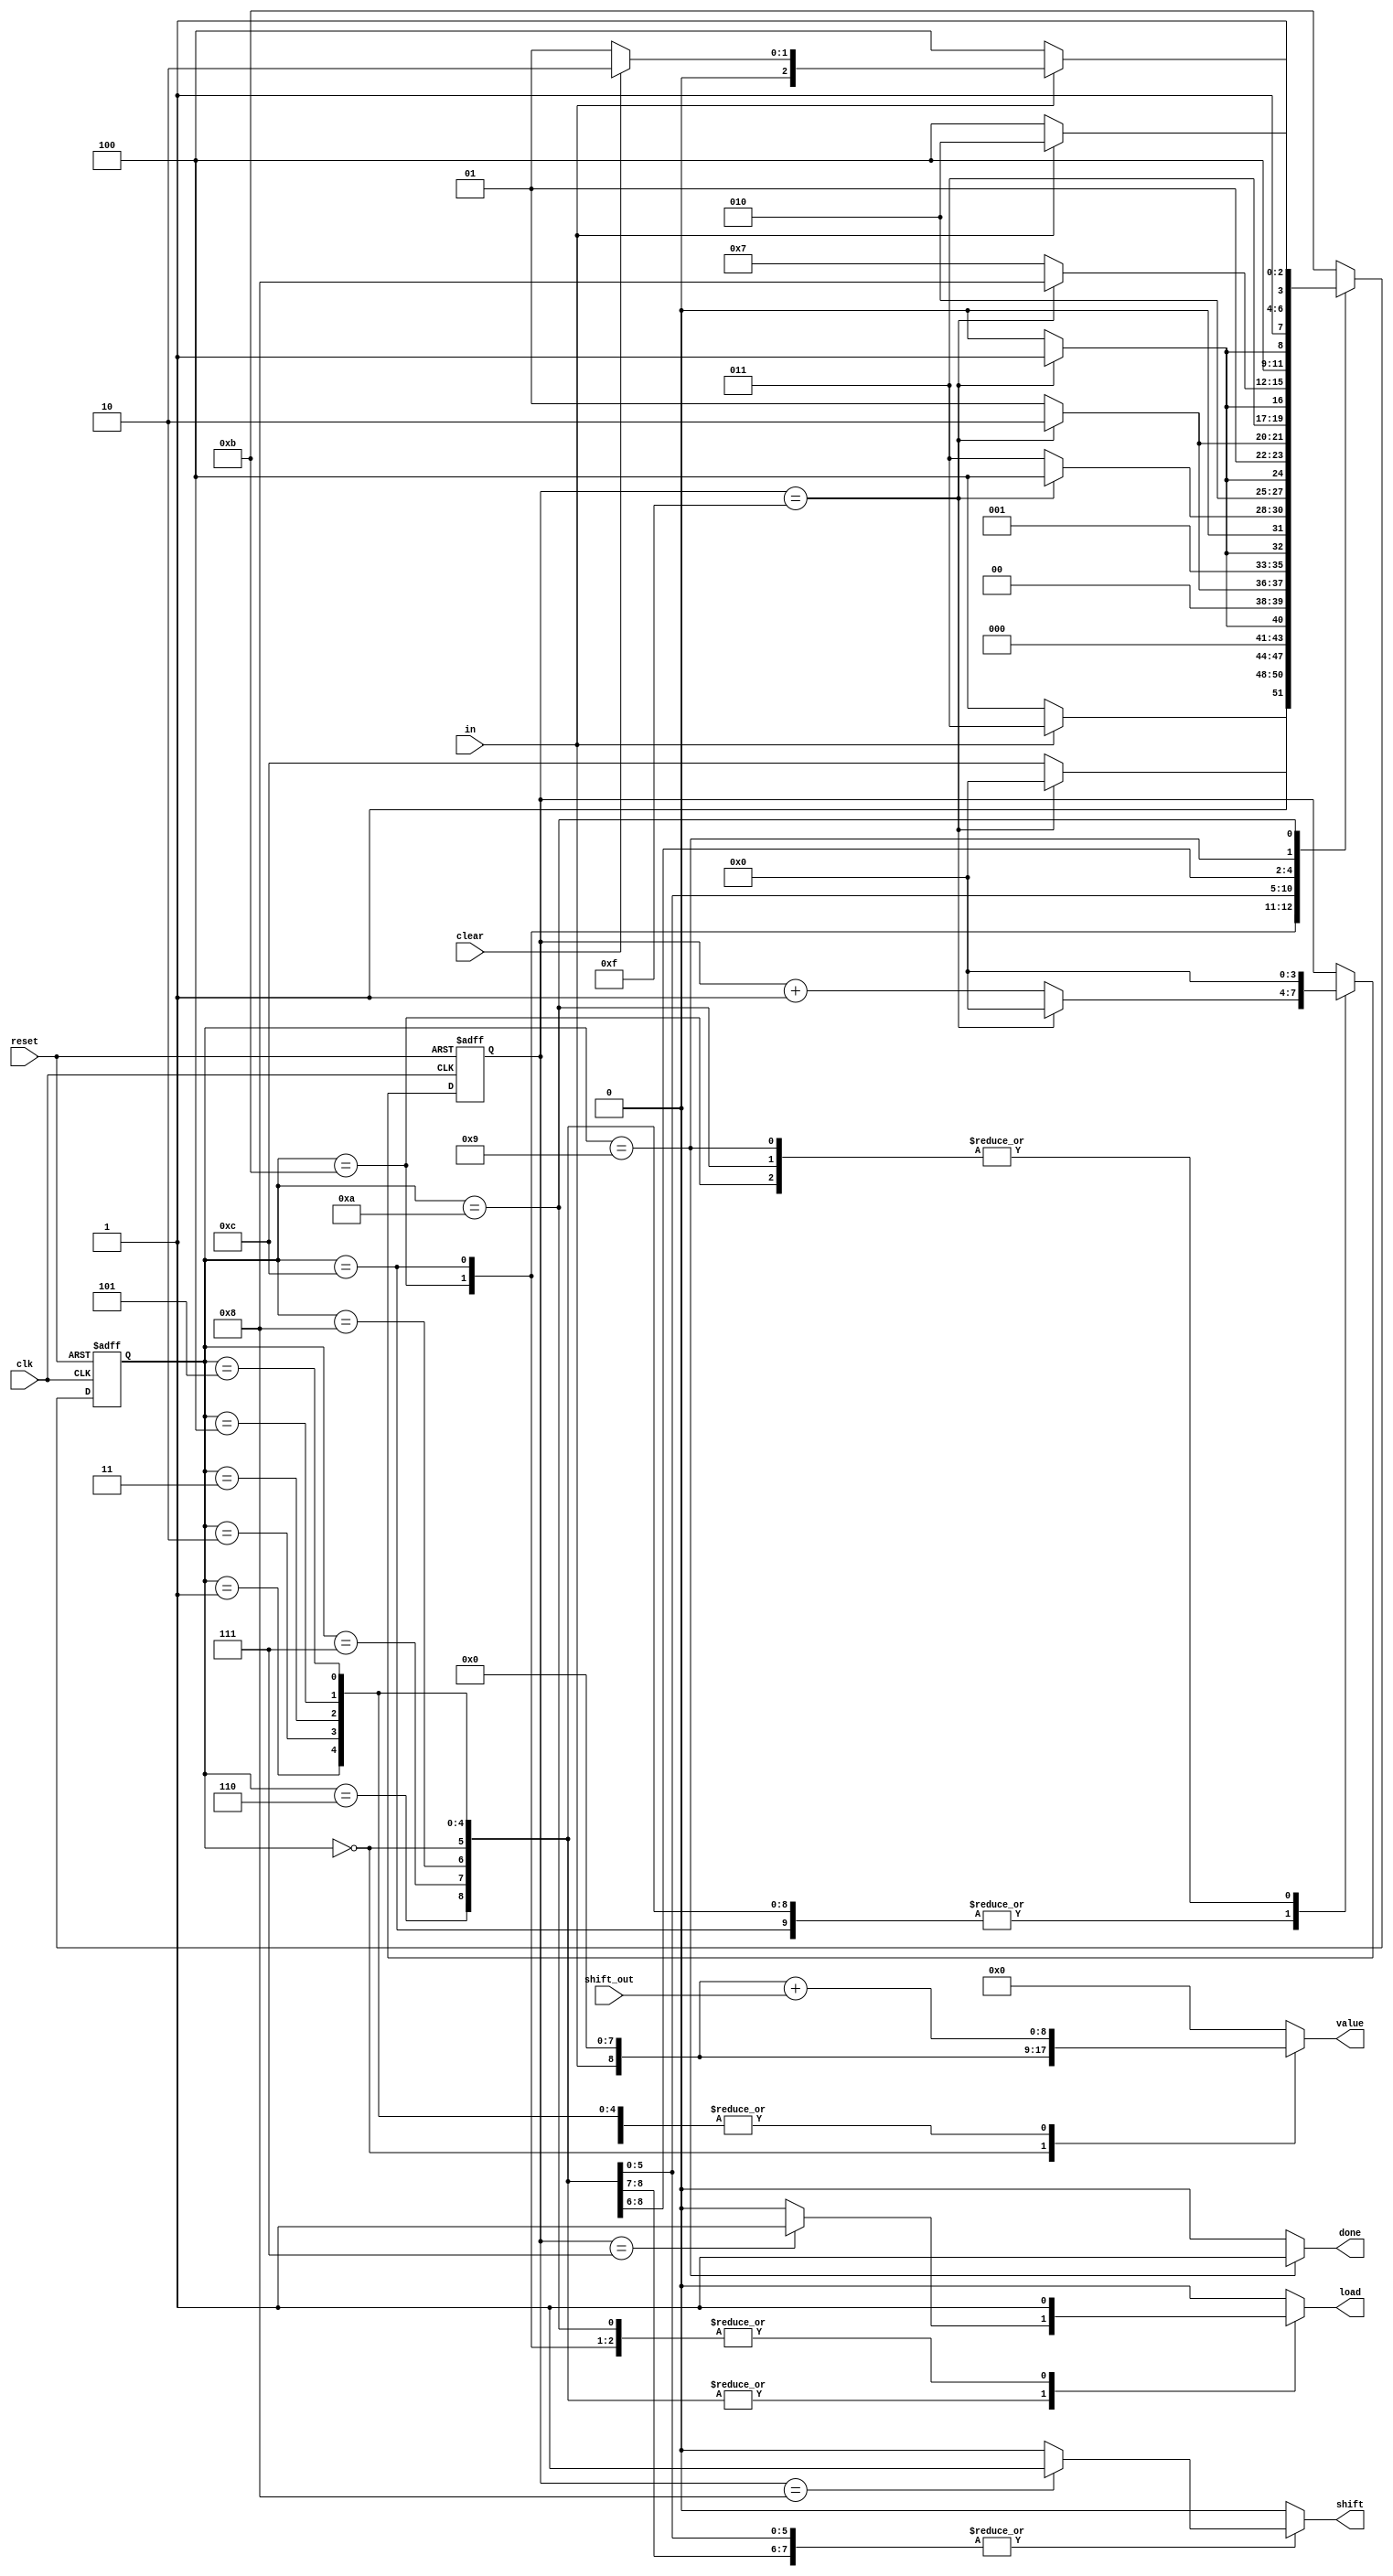
module Control_RX
(
	input in,
	input [8:0]shift_out,
	input clk,
	input reset,
	input clear,
	
	output shift,
	output load,
	output [8:0]value,
	output done

	
);

localparam INIT = 11;
localparam START = 12;
localparam READ_0 = 0;
localparam READ_1 = 1;
localparam READ_2 = 2;
localparam READ_3 = 3;
localparam READ_4 = 4;
localparam READ_5 = 5;
localparam READ_6 = 6;
localparam READ_7 = 7;
localparam READ_PARITY = 8;
localparam FINISH = 9;
localparam CLEAR = 10;

reg shift_reg;
reg load_reg;
reg [8:0]value_reg;
reg done_reg;

reg [3:0]cicles;
reg [3:0] state = 9;

always@(posedge clk or negedge reset) begin
	if(reset == 1'b0)
	begin
		state <= INIT;
		cicles <= 4'b0000;
	end
	else
	begin
		case(state)
			INIT:
			begin
				cicles <= 4'b0000;
				if(in == 0)
					state <= START;
				else
					state <= INIT;
			end			
			START:
			begin
				cicles <= cicles + 4'b0001;
				if(cicles == 4'b1111)
				begin
					cicles <= 4'b0000;
					state <= READ_0;
				end
				else
					state <= START;	
			end
			
			READ_0:
			begin
				cicles <= cicles + 4'b0001;
				if(cicles == 4'b1111)
				begin
					cicles <= 4'b0000;
					state <= READ_1;
				end
				else
					state <= READ_0;	
			end
			
			READ_1:
			begin
				cicles <= cicles + 4'b0001;
				if(cicles == 4'b1111)
				begin
					cicles <= 4'b0000;
					state <= READ_2;
				end
				else
					state <= READ_1;	
			end
			
			READ_2:
			begin
				cicles <= cicles + 4'b0001;
				if(cicles == 4'b1111)
				begin
					cicles <= 4'b0000;
					state <= READ_3;
				end
				else
					state <= READ_2;	
			end
			
			READ_3:
			begin
				cicles <= cicles + 4'b0001;
				if(cicles == 4'b1111)
				begin
					cicles <= 4'b0000;
					state <= READ_4;
				end
				else
					state <= READ_3;	
			end
			
			READ_4:
			begin
				cicles <= cicles + 4'b0001;
				if(cicles == 4'b1111)
				begin
					cicles <= 4'b0000;
					state <= READ_5;
				end
				else
					state <= READ_4;	
			end
			
			READ_5:
			begin
				cicles <= cicles + 4'b0001;
				if(cicles == 4'b1111)
				begin
					cicles <= 4'b0000;
					state <= READ_6;
				end
				else
					state <= READ_5;	
			end
			
			READ_6:
			begin
				cicles <= cicles + 4'b0001;
				if(cicles == 4'b1111)
				begin
					cicles <= 4'b0000;
					state <= READ_7;
				end
				else
					state <= READ_6;	
			end
			
			READ_7:
			begin
				cicles <= cicles + 4'b0001;
				if(cicles == 4'b1111)
				begin
					cicles <= 4'b0000;
					state <= READ_PARITY;
				end
				else
					state <= READ_7;	
			end
			
			READ_PARITY:
			begin
				cicles <= cicles + 4'b0001;
				if(cicles == 4'b1111)
				begin
					cicles <= 4'b0000;
					state <= FINISH;
				end
				else
					state <= READ_PARITY;
			end
			
			FINISH:
			begin
				cicles <= 4'b0000;
				if(in == 0)
					state <= START;
				else
				begin
					if(clear == 1)
						state <= CLEAR;
					else
						state <= FINISH;
				end
			end
			
			CLEAR:
			begin
				cicles <= 4'b0000;
				if(in == 0)
					state <= START;
				else
					state <= CLEAR;
			end
			
			default:
				state <= INIT;
		endcase
	end
end

always@(*)begin
	case(state)
		INIT:
		begin
			shift_reg = 0;
			load_reg = 1;
			value_reg = 0;
			done_reg = 0;
		end
		
		START:
		begin
			shift_reg = 0;
			load_reg = 1;
			value_reg = 0;
			done_reg = 0;
		end
		
		READ_0:
		begin
			done_reg = 0;
			value_reg = {in,8'b00000000};
			if(cicles == 4'b0111)
				load_reg = 1;	
			else
				load_reg = 0;
			if(cicles == 4'b1000)
				shift_reg = 1;
			else
				shift_reg = 0;
		end
		READ_1:
		begin
			done_reg = 0;
			value_reg = {in,8'b00000000} + shift_out;
			if(cicles == 4'b0111)
				load_reg = 1;	
			else
				load_reg = 0;
			if(cicles == 4'b1000)
				shift_reg = 1;
			else
				shift_reg = 0;
		end
		READ_2:
		begin
			done_reg = 0;
			value_reg = {in,8'b00000000} + shift_out;
			if(cicles == 4'b0111)
				load_reg = 1;	
			else
				load_reg = 0;
			if(cicles == 4'b1000)
				shift_reg = 1;
			else
				shift_reg = 0;
		end
		READ_3:
		begin
			done_reg = 0;
			value_reg = {in,8'b00000000} + shift_out;
			if(cicles == 4'b0111)
				load_reg = 1;	
			else
				load_reg = 0;
			if(cicles == 4'b1000)
				shift_reg = 1;
			else
				shift_reg = 0;
		end
		READ_4:
		begin
			done_reg = 0;
			value_reg = {in,8'b00000000} + shift_out;
			if(cicles == 4'b0111)
				load_reg = 1;	
			else
				load_reg = 0;
			if(cicles == 4'b1000)
				shift_reg = 1;
			else
				shift_reg = 0;
		end
		READ_5:
		begin
			done_reg = 0;
			value_reg = {in,8'b00000000} + shift_out;
			if(cicles == 4'b0111)
				load_reg = 1;	
			else
				load_reg = 0;
			if(cicles == 4'b1000)
				shift_reg = 1;
			else
				shift_reg = 0;
		end
		READ_6:
		begin
			done_reg = 0;
			value_reg = {in,8'b00000000} + shift_out;
			if(cicles == 4'b0111)
				load_reg = 1;	
			else
				load_reg = 0;
			if(cicles == 4'b1000)
				shift_reg = 1;
			else
				shift_reg = 0;
		end
		
		READ_7:
		begin
			done_reg = 0;
			value_reg = {in,8'b00000000} + shift_out;
			if(cicles == 4'b0111)
				load_reg = 1;	
			else
				load_reg = 0;
			if(cicles == 4'b1000)
				shift_reg = 1;
			else
				shift_reg = 0;
		end
		
		READ_PARITY:
		begin
			done_reg = 0;
			shift_reg = 0;
			value_reg = {in,8'b00000000} + shift_out;
			if(cicles == 4'b0111)
				load_reg = 1;	
			else
				load_reg = 0;
//			if(cicles == 4'b1000)
//				shift_reg = 1;
//			else
//				shift_reg = 0;
		end
		
		FINISH:
		begin
			done_reg = 1;
			value_reg = 0;
			shift_reg = 0;
			load_reg = 0;
		end
		
		CLEAR:
		begin
			done_reg = 0;
			value_reg = 0;
			shift_reg = 0;
			load_reg = 1;
		end
		
		default:
		begin
			done_reg = 0;
			value_reg = 0;
			shift_reg = 0;
			load_reg = 0;
		end
	endcase
end

assign shift = shift_reg;
assign load = load_reg;
assign value = value_reg;
assign done = done_reg;

endmodule